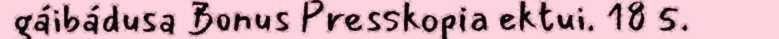
gáibádusa Bonus Presskopia ektui. 18 5.